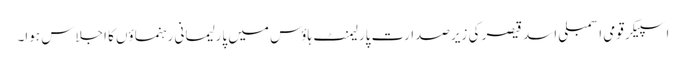
اسپیکر قومی اسمبلی اسد قیصر کی زیرصدارت پارلیمنٹ ہاؤس میں پارلیمانی رہنماؤں کا اجلاس ہوا۔